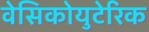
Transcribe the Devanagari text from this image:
वेसिकोयुटेरिक